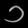
Digit: ၁